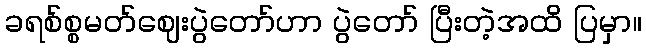
ခရစ်စ္စမတ်ဈေးပွဲတော်ဟာ ပွဲတော် ပြီးတဲ့အထိ ပြမှာ။